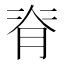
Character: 脊